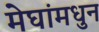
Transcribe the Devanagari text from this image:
मेघांमधुन